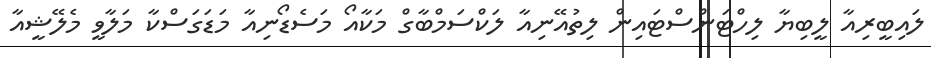
ލައިބީރިއާ ލީބިޔާ ލިހްޓަންސްޓައިން ލިތުއޭނިއާ ލަކްސަމްބާގް މަކާއޯ މަސެޑޯނިއާ މަޑަގަސްކާ މަލާވީ މެލޭޝީއާ